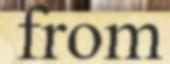
from